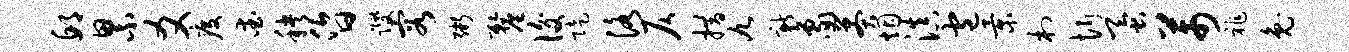
邱累爻疫爱秧昏躞容粥厘后陡洛仄措九新象莽烟滇包景村忻蚕芾祚兔